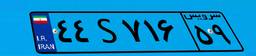
۴۴S۷۱۶۵۹